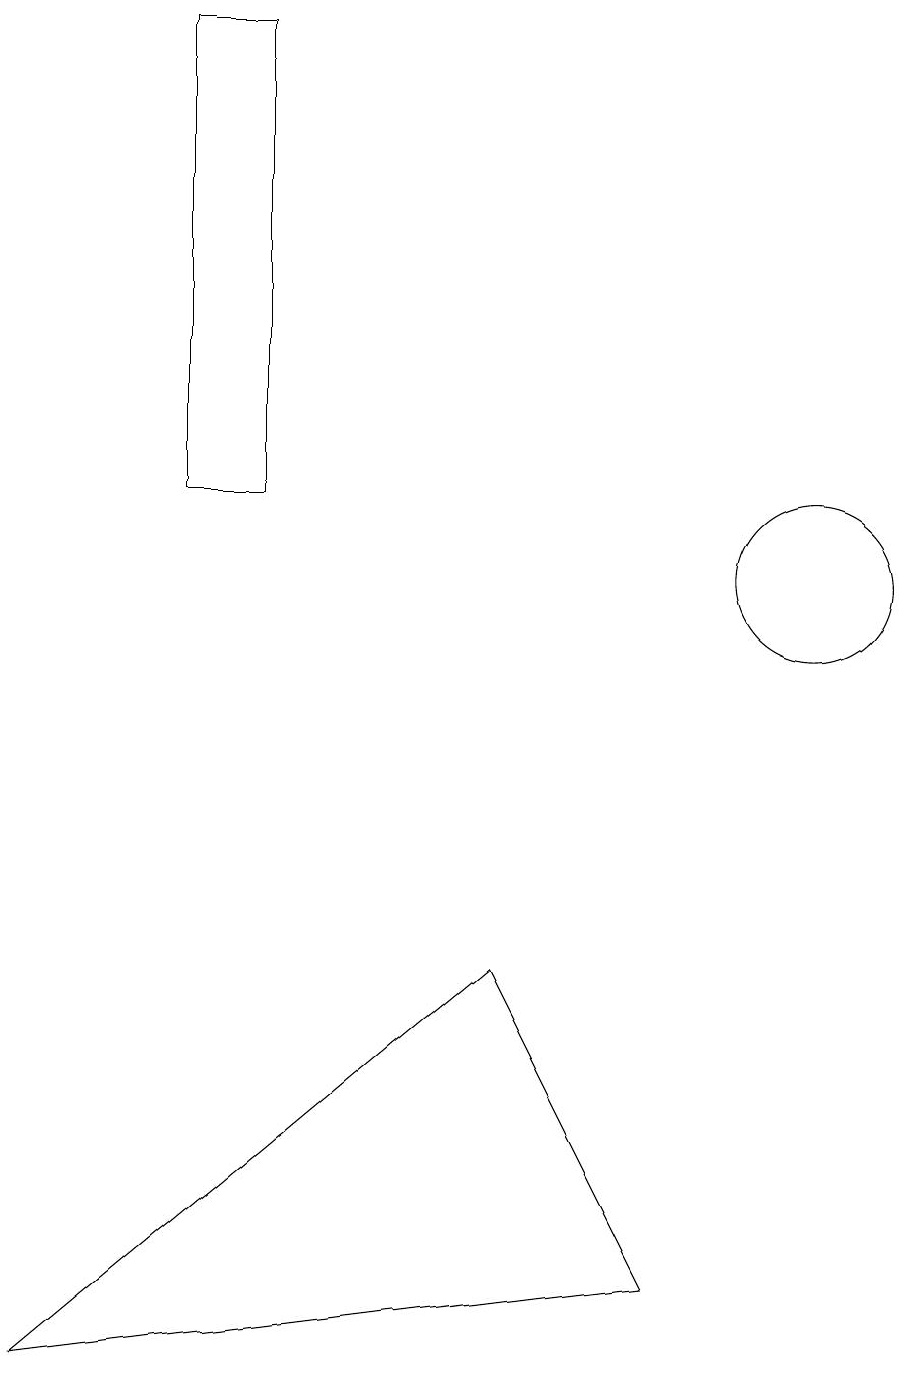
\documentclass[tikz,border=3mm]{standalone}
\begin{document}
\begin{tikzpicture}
\draw (2,17) rectangle (3,11);
\draw (11,11) circle (0);
\draw (7,14) rectangle (7,14);
\draw (10,10) circle (1);
\draw (8,1) -- (0,0) -- (6,5) -- cycle;
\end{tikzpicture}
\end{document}